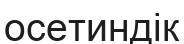
осетиндік